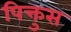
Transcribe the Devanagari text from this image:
पिक्तुस